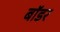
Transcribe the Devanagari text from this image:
बाॅडर